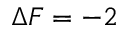
\Delta F = - 2